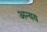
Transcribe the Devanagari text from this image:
अन्यय